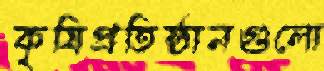
কৃষিপ্রতিষ্ঠানগুলো